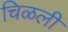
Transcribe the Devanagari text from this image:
चिळली